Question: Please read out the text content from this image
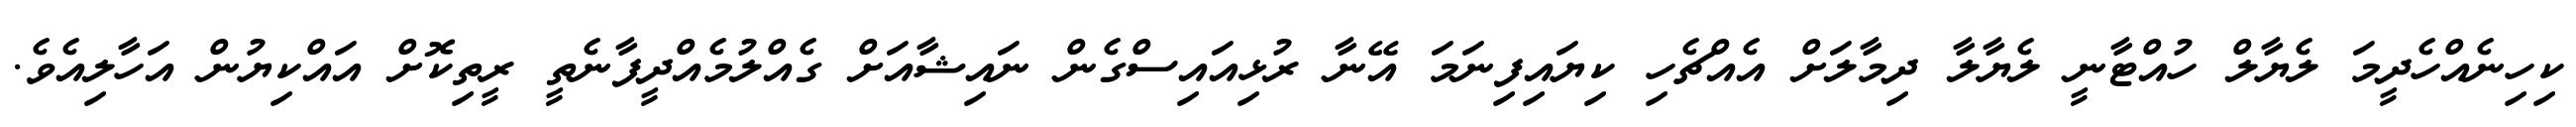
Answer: ކިހިނެއްހެދީމަ ލެޔާލް ހުއްޓާނީ ލެޔާލާ ދިމާލަށް އެއްޗެހި ކިޔައިފިނަމަ އޭނާ ރުޅިއައިސްގެން ނައިޝާއަށް ގެއްލުމެއްދީފާނެތީ ރީތިކޮށް އައްކިޔުން އަހާލިއެވެ.